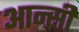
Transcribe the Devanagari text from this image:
आन्सी